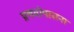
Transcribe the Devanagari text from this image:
प्रणवोपासना